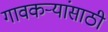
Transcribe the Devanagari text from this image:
गावकऱ्यांसाठी